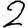
Digit: 2